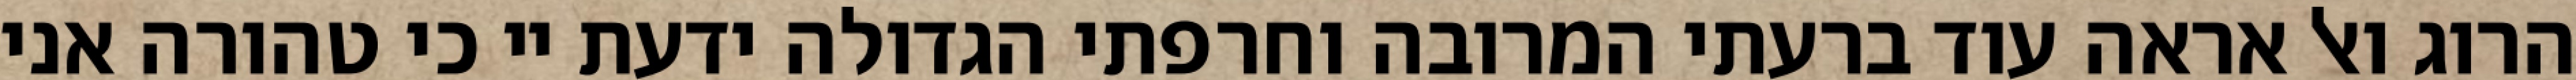
הרוג ואל אראה עוד ברעתי המרובה וחרפתי הגדולה ידעת יי כי טהורה אני